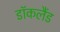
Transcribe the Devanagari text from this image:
डॉकलैंड